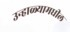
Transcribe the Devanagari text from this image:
उन्हाळ्यामधील